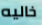
خاليه